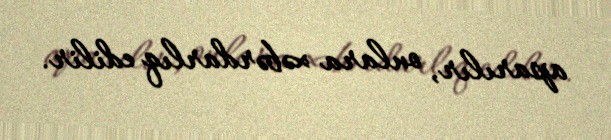
aparılır, onlara xəbərdarlıq edilir.